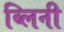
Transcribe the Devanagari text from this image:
ब्लिनी